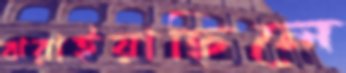
ঝরাইয়াছিলে